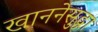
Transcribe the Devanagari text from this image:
खाननेसुद्धा